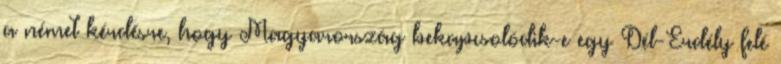
a német kérdésre, hogy Magyarország bekapcsolódik-e egy Dél-Erdély felé